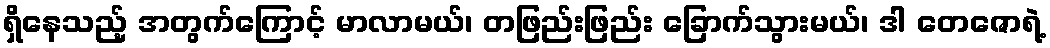
ရှိနေသည့် အတွက်ကြောင့် မာလာမယ်၊ တဖြည်းဖြည်း ခြောက်သွားမယ်၊ ဒါ တေဇောရဲ့